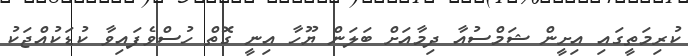
ކުރިމަތީގައި އިށީން ޝަމްސުއާ ދިމާއަށް ބަލަން ޔޫހާ އިނީ ގޮތް ހުސްވެފައިވާ ކުޑަކުއްޖަކު